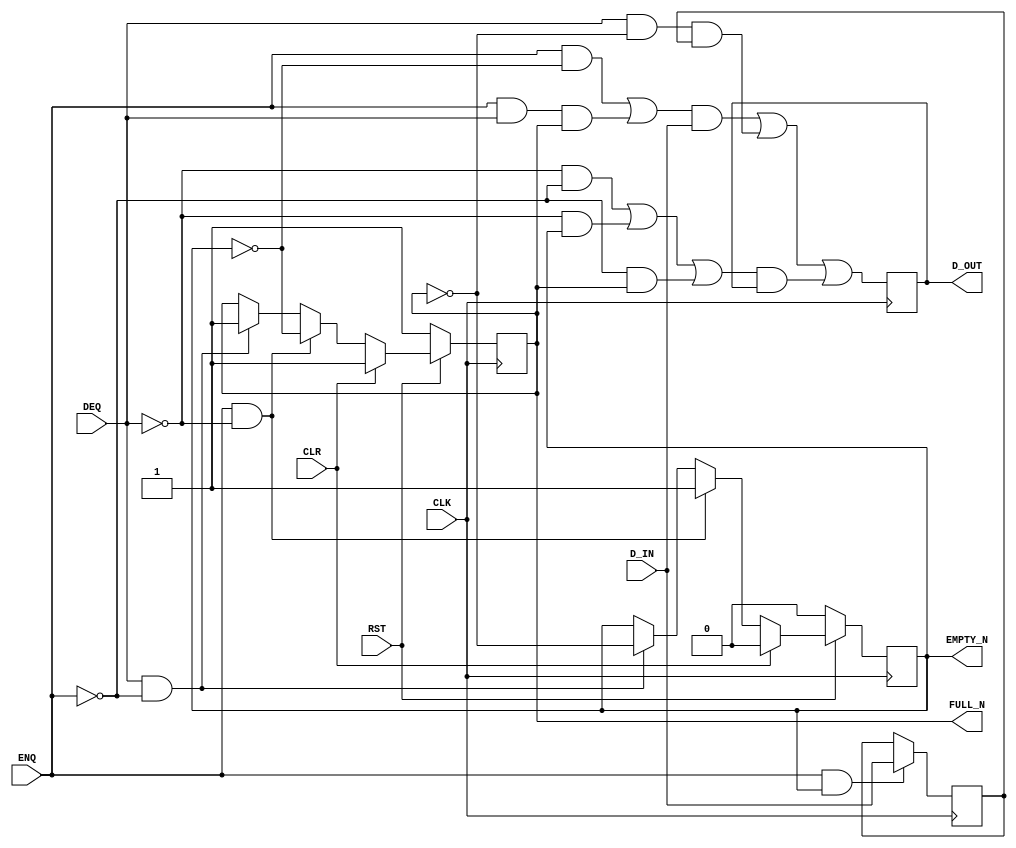

`ifdef BSV_ASSIGNMENT_DELAY
`else
  `define BSV_ASSIGNMENT_DELAY
`endif

`ifdef BSV_POSITIVE_RESET
  `define BSV_RESET_VALUE 1'b1
  `define BSV_RESET_EDGE posedge
`else
  `define BSV_RESET_VALUE 1'b0
  `define BSV_RESET_EDGE negedge
`endif

`ifdef BSV_ASYNC_RESET
 `define BSV_ARESET_EDGE_META or `BSV_RESET_EDGE RST
`else
 `define BSV_ARESET_EDGE_META
`endif

`ifdef BSV_RESET_FIFO_HEAD
 `define BSV_ARESET_EDGE_HEAD `BSV_ARESET_EDGE_META
`else
 `define BSV_ARESET_EDGE_HEAD
`endif

// Depth 2 FIFO
module FIFO2(CLK,
             RST,
             D_IN,
             ENQ,
             FULL_N,
             D_OUT,
             DEQ,
             EMPTY_N,
             CLR);

   parameter width = 1;
   parameter guarded = 1'b1;

   input     CLK ;
   input     RST ;
   input [width - 1 : 0] D_IN;
   input                 ENQ;
   input                 DEQ;
   input                 CLR ;

   output                FULL_N;
   output                EMPTY_N;
   output [width - 1 : 0] D_OUT;

   reg                    full_reg;
   reg                    empty_reg;
   reg [width - 1 : 0]    data0_reg;
   reg [width - 1 : 0]    data1_reg;

   assign                 FULL_N = full_reg ;
   assign                 EMPTY_N = empty_reg ;
   assign                 D_OUT = data0_reg ;


   // Optimize the loading logic since state encoding is not power of 2!
   wire                   d0di = (ENQ && ! empty_reg ) || ( ENQ && DEQ && full_reg ) ;
   wire                   d0d1 = DEQ && ! full_reg ;
   wire                   d0h = ((! DEQ) && (! ENQ )) || (!DEQ && empty_reg ) || ( ! ENQ &&full_reg) ;
   wire                   d1di = ENQ & empty_reg ;

`ifdef BSV_NO_INITIAL_BLOCKS
`else // not BSV_NO_INITIAL_BLOCKS
   // synopsys translate_off
   initial
     begin
        data0_reg   = {((width + 1)/2) {2'b10}} ;
        data1_reg  = {((width + 1)/2) {2'b10}} ;
        empty_reg = 1'b0;
        full_reg  = 1'b1;
     end // initial begin
   // synopsys translate_on
`endif // BSV_NO_INITIAL_BLOCKS

   always@(posedge CLK `BSV_ARESET_EDGE_META)
     begin
        if (RST == `BSV_RESET_VALUE)
          begin
             empty_reg <= `BSV_ASSIGNMENT_DELAY 1'b0;
             full_reg  <= `BSV_ASSIGNMENT_DELAY 1'b1;
          end // if (RST == `BSV_RESET_VALUE)
        else
          begin
             if (CLR)
               begin
                  empty_reg <= `BSV_ASSIGNMENT_DELAY 1'b0;
                  full_reg  <= `BSV_ASSIGNMENT_DELAY 1'b1;
               end // if (CLR)
             else if ( ENQ && ! DEQ ) // just enq
               begin
                  empty_reg <= `BSV_ASSIGNMENT_DELAY 1'b1;
                  full_reg <= `BSV_ASSIGNMENT_DELAY ! empty_reg ;
               end
             else if ( DEQ && ! ENQ )
               begin
                  full_reg  <= `BSV_ASSIGNMENT_DELAY 1'b1;
                  empty_reg <= `BSV_ASSIGNMENT_DELAY ! full_reg;
               end // if ( DEQ && ! ENQ )
          end // else: !if(RST == `BSV_RESET_VALUE)

     end // always@ (posedge CLK or `BSV_RESET_EDGE RST)


   always@(posedge CLK `BSV_ARESET_EDGE_HEAD)
     begin
`ifdef BSV_RESET_FIFO_HEAD
        if (RST == `BSV_RESET_VALUE)
          begin
             data0_reg <= `BSV_ASSIGNMENT_DELAY {width {1'b0}} ;
             data1_reg <= `BSV_ASSIGNMENT_DELAY {width {1'b0}} ;
          end
        else
`endif
          begin
             data0_reg  <= `BSV_ASSIGNMENT_DELAY
                           {width{d0di}} & D_IN | {width{d0d1}} & data1_reg | {width{d0h}} & data0_reg ;
             data1_reg <= `BSV_ASSIGNMENT_DELAY
                          d1di ? D_IN : data1_reg ;
          end // else: !if(RST == `BSV_RESET_VALUE)
     end // always@ (posedge CLK or `BSV_RESET_EDGE RST)



   // synopsys translate_off
   always@(posedge CLK)
     begin: error_checks
        reg deqerror, enqerror ;

        deqerror =  0;
        enqerror = 0;
        if (RST == ! `BSV_RESET_VALUE)
          begin
             if ( ! empty_reg && DEQ )
               begin
                  deqerror =  1;
                  $display( "Warning: FIFO2: %m -- Dequeuing from empty fifo" ) ;
               end
             if ( ! full_reg && ENQ && (!DEQ || guarded) )
               begin
                  enqerror = 1;
                  $display( "Warning: FIFO2: %m -- Enqueuing to a full fifo" ) ;
               end
          end
     end // always@ (posedge CLK)
   // synopsys translate_on

endmodule